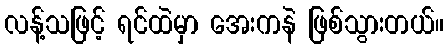
လန့်သဖြင့် ရင်ထဲမှာ အေးကနဲ ဖြစ်သွားတယ်။